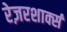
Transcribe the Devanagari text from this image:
रेज़रशार्क्स